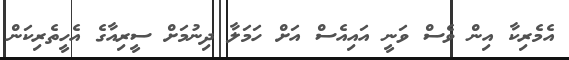
އެެމެރިކާ އިން ވެސް ވަނީ އައިއެސް އަށް ހަމަލާ ދިނުމަށް ސީރިއާގެ އެހީތެެރިކަން